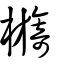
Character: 檹